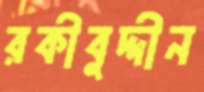
রকীবুদ্দীন